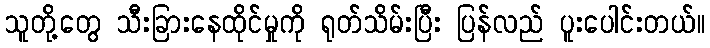
သူတို့တွေ သီးခြားနေထိုင်မှုကို ရုတ်သိမ်းပြီး ပြန်လည် ပူးပေါင်းတယ်။